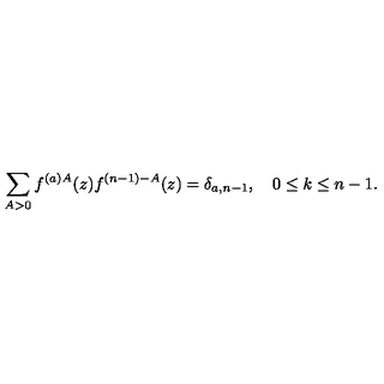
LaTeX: \sum _ { A > 0 } f ^ { ( a ) A } ( z ) f ^ { ( n - 1 ) - A } ( z ) = \delta _ { a , n - 1 } , \quad 0 \leq k \leq n - 1 .